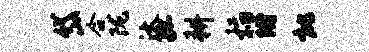
岱合陇汰孤耕稻附批